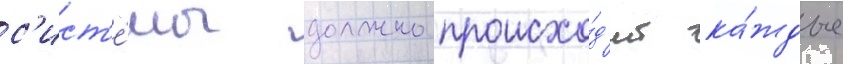
с'ист'е́мы должно происхо́д'ит ка́ждые